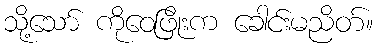
သို့သော် ကိုဝေဖြိုးက ခေါင်းမညိတ်။